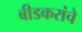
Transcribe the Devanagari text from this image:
बीडकरांचे